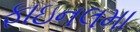
ફાઇનલમા